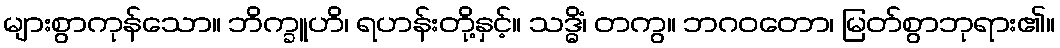
များစွာကုန်သော။ ဘိက္ခူဟိ၊ ရဟန်းတို့နှင့်။ သဒ္ဓိံ၊ တကွ။ ဘဂဝတော၊ မြတ်စွာဘုရား၏။